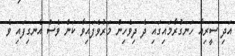
އަދި ސީރިއާ ހަނގުރާމައިގައި ދެ ދިވެހިން މަރުވެފައިވާ ކަން ވެސް އެނގިފައި ވެ